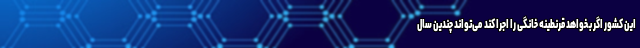
این کشور اگر بخواهد قرنطینه خانگی را اجرا کند می‌تواند چندین سال